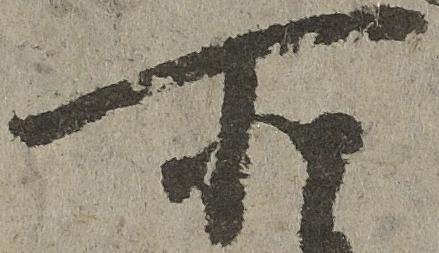
所